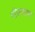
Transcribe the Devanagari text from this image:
पीएनएम